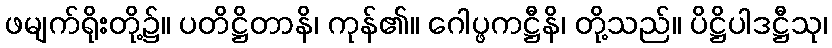
ဖမျက်ရိုးတို့၌။ ပတိဋ္ဌိတာနိ၊ ကုန်၏။ ဂေါပ္ဖကဋ္ဌီနိ၊ တို့သည်။ ပိဋ္ဌိပါဒဋ္ဌီသု၊